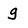
Character: g